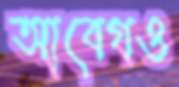
আবেগও